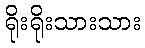
ရိုးရိုးသားသား